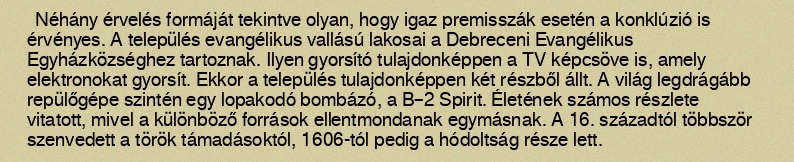
Néhány érvelés formáját tekintve olyan, hogy igaz premisszák esetén a konklúzió is érvényes. A település evangélikus vallású lakosai a Debreceni Evangélikus Egyházközséghez tartoznak. Ilyen gyorsító tulajdonképpen a TV képcsöve is, amely elektronokat gyorsít. Ekkor a település tulajdonképpen két részből állt. A világ legdrágább repülőgépe szintén egy lopakodó bombázó, a B–2 Spirit. Életének számos részlete vitatott, mivel a különböző források ellentmondanak egymásnak. A 16. századtól többször szenvedett a török támadásoktól, 1606-tól pedig a hódoltság része lett.